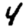
Digit: 4